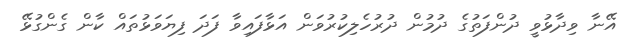
އޭނާ ވިދާޅުވީ ދުންފަތުގެ ދުމުން ދުރުހެލިކުރުވަން އަޅާފައިވާ ފަދަ ފިޔަވަޅުތައް ކާން ގެންގުޅޭ